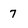
Character: 7